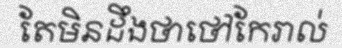
តែមិនដឹងថាថៅកែរាល់